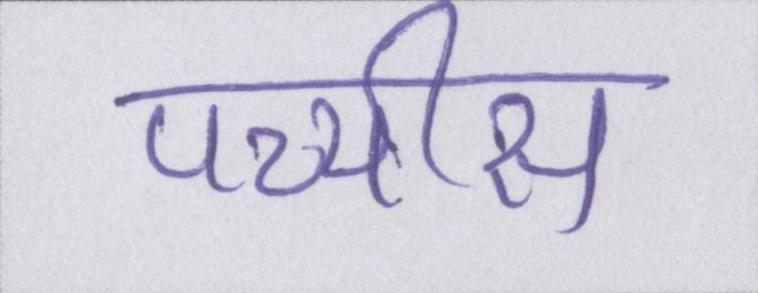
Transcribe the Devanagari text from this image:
पच्चीस